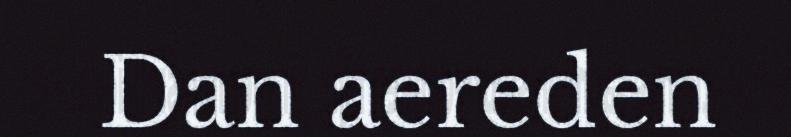
Dan aereden